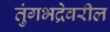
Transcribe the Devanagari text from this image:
तुंगभद्रेवरील